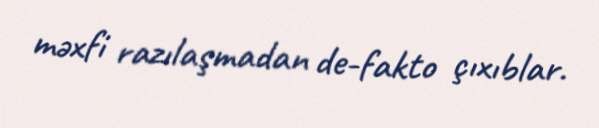
məxfi razılaşmadan de-fakto çıxıblar.